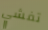
تفشي